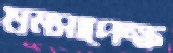
শ্রমসাপেক্ষ